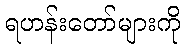
ရဟန်းတော်များကို